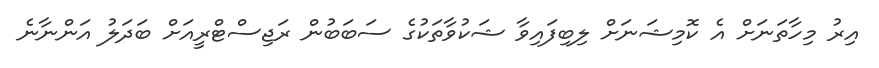
އިރު މިހާތަނަށް އެ ކޮމިޝަނަށް ލިބިފައިވާ ޝަކުވާތަކުގެ ސަބަބުން ރަޖިސްޓްރީއަށް ބަދަލު އަންނާނެ